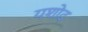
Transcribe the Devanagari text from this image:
यशोद